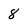
Character: 8